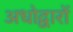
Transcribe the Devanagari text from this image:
अधोद्वारों